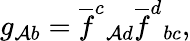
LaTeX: g_{\mathcal{A}b}=\overline{{{{f}}}}^{c}{}_{\mathcal{A}d}\overline{{{{f}}}}^{d}{}_{bc},